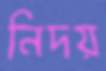
নিদয়